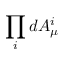
\prod _ { i } d A _ { \mu } ^ { i }